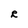
Character: R